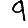
Digit: 9